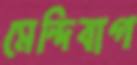
মেন্দিবাগ